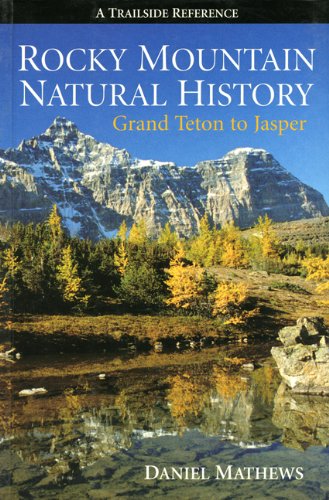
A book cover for Rocky Mountain Natural History: Grand Teton to Jasper; Daniel Mathews; Travel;